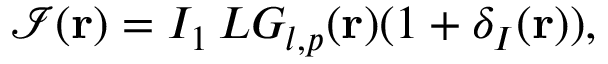
\mathcal { I } ( \mathbf { r } ) = I _ { 1 } \, L G _ { l , p } ( \mathbf { r } ) ( 1 + \delta _ { I } ( \mathbf { r } ) ) ,